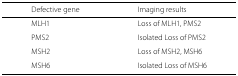
<table><thead><tr><td></td><td><b>Defective gene</b></td><td></td><td><b>Imaging results</b></td><td></td></tr></thead><tbody><tr><td></td><td>MLH1</td><td></td><td>Loss of MLH1, PMS2</td><td></td></tr><tr><td></td><td>PMS2</td><td></td><td>Isolated Loss of PMS2</td><td></td></tr><tr><td></td><td>MSH2</td><td></td><td>Loss of MSH2, MSH6</td><td></td></tr><tr><td></td><td>MSH6</td><td></td><td>Isolated Loss of MSH6</td><td></td></tr></tbody></table>